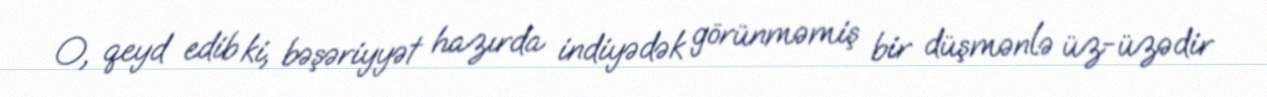
O, qeyd edib ki, bəşəriyyət hazırda indiyədək görünməmiş bir düşmənlə üz-üzədir